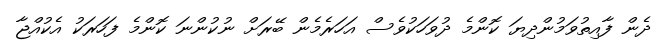
ދެން ފާއިތުވަމުންދިޔަ ކޮންމެ ދުވަހަކުވެސް އަހަރެމެން ބޭރަށް ނުކުންނަ ކޮންމެ ފަހަރަކު އެކުއްޖާ